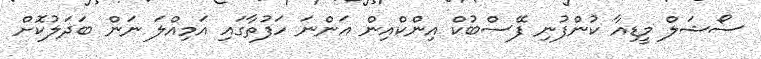
ސޯޝަލް މީޑިއާ ކުންފުނި ފޭސްބުކް އިންކްއިން އަންނަ ހަފުތާގައި އަމިއްލަ ނަން ބަދަލުކޮށް